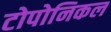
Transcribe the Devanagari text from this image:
टोपोनिकल